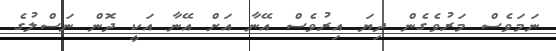
ނަމަވެސް މަރުވެގެން ދިޔަ އިރުވެސް އޭނާ އަށް އޭނާ އަކީ ދޮން ނަސްލުގެ